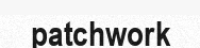
patchwork